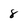
Character: 8